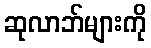
ဆုလာဘ်များကို